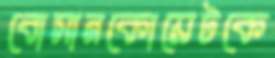
বোসানকোয়েটকে